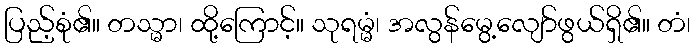
ပြည့်စုံ၏။ တသ္မာ၊ ထို့ကြောင့်။ သုရမ္မံ၊ အလွန်မွေ့လျော်ဖွယ်ရှိ၏။ တံ၊